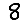
Digit: 8